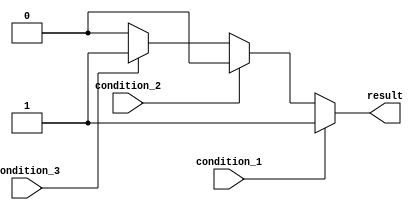
module if_else_ladder (
    input wire condition_1,
    input wire condition_2,
    input wire condition_3,
    output reg result
);

always @* begin
    if (condition_1) begin
        // Block of code to execute when condition_1 is true
        result <= 1'b1;
    end
    else if (condition_2) begin
        // Block of code to execute when condition_2 is true
        result <= 1'b0;
    end
    else if (condition_3) begin
        // Block of code to execute when condition_3 is true
        result <= 1'b1;
    end
    else begin
        // Block of code to execute when none of the conditions are true
        result <= 1'b0;
    end
end

endmodule